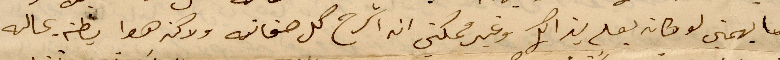
وما يهمني لو كان يعلم بذالك وغير مكني ان اشرح له صفاته ولان هوا يظن عاليه